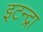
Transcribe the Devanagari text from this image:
इटन्द्रा